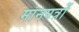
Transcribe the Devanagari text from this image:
मानपत्रों